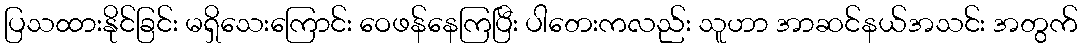
ပြသထားနိုင်ခြင်း မရှိသေးကြောင်း ဝေဖန်နေကြပြီး ပါတေးကလည်း သူဟာ အာဆင်နယ်အသင်း အတွက်